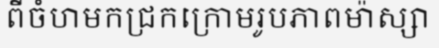
ពីចំហមកជ្រកក្រោមរូបភាពម៉ាស្សា